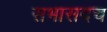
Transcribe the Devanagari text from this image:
सभासदच